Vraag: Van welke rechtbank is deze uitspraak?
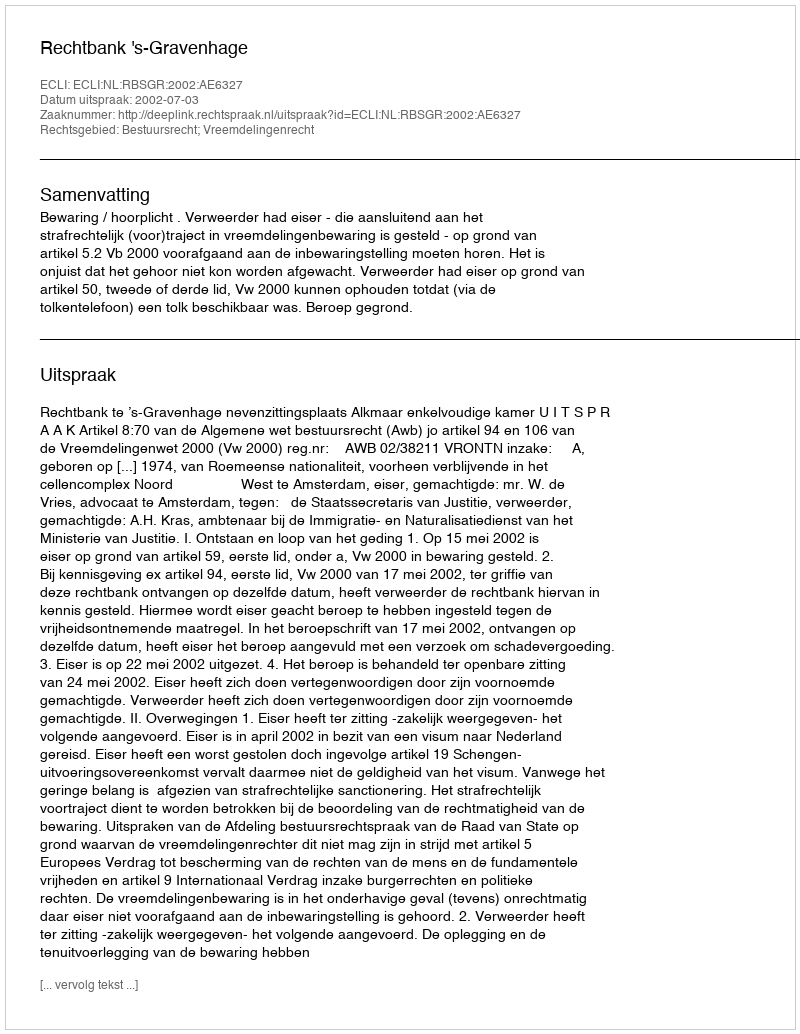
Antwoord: Rechtbank 's-Gravenhage